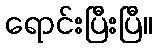
ရောင်းပြီးပြီ။